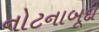
નોટનાબૂદી